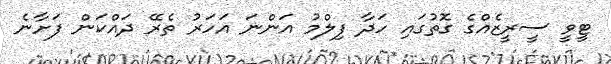
ޓީވީ ސީރީޒެއްގެ ގޮތުގައި ހަދާ ފިލްމު އަންނަ އަހަރު ތެރޭ ދައްކަން ފަށާނެ